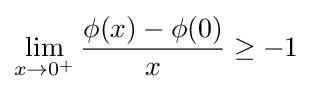
\lim _{x\to 0^{+}}{\frac {\phi (x)-\phi (0)}{x}}\geq -1